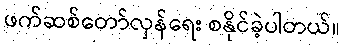
ဖက်ဆစ်တော်လှန်ရေး စနိုင်ခဲ့ပါတယ်။